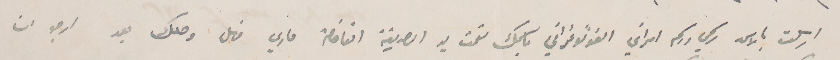
ارسلت بالاكه رسمي ورسم امراتي الفوتوغرافي باسمك تحت يد الصديقة الفاضلة ماري فهل وصلك بعد ارجو ان